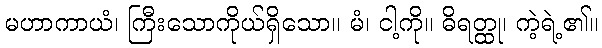
မဟာကာယံ၊ ကြီးသောကိုယ်ရှိသော။ မံ၊ ငါ့ကို။ ဓိရတ္ထု၊ ကဲ့ရဲ့၏။